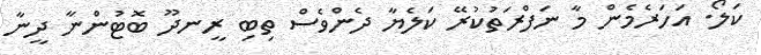
ކަލޯ. އަހަރެމެން މާ ނަފްރަތުކުރޭ ކަލެޔާ ދެންވެސް ތިބި ރީނދޫ ބޮޓުންނާ ދީނާ